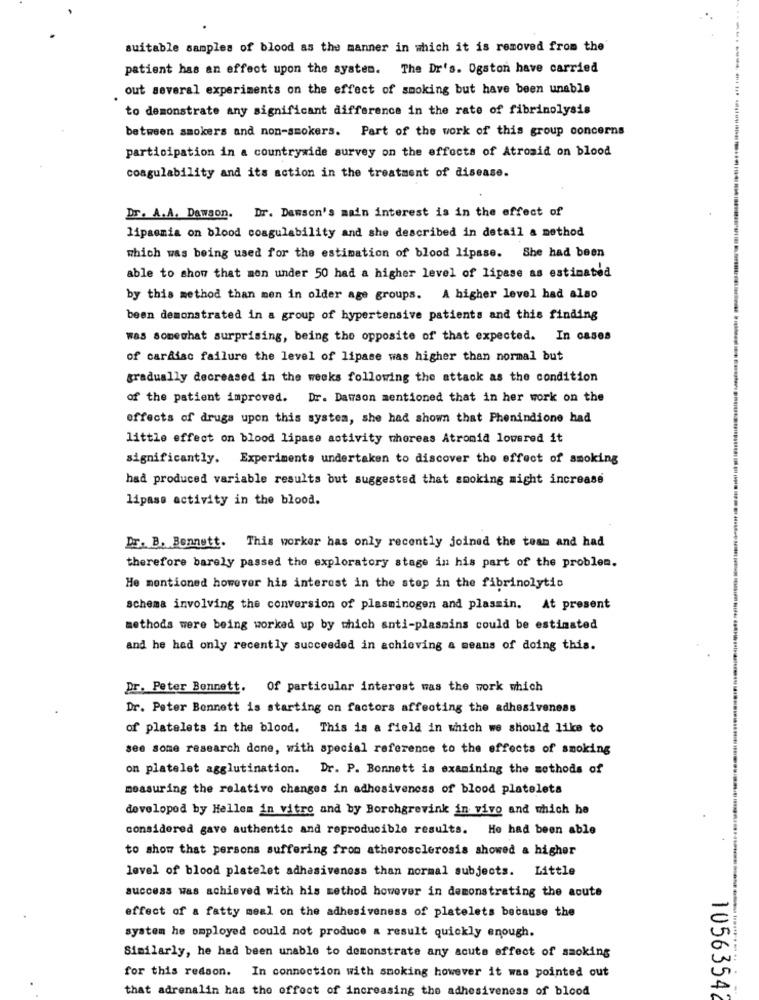
suitable samples of blood as the manner in which it is removed from the
patient has an effect upon the system. The Dr's. Ogston have carried
out several experiments on the effect of smoking but have been unable
------... ......
to demonstrate any significant difference in the rate of fibrinolysis
between smokers and non-smokers. Part of the work of this group concerns
participation in a countrywide survey on the effects of Atrosid on blood
coagulability and its action in the treatment of disease.
Dr. Dawson's main interest is in the effect of
Dr. A.A. Dawson.
lipaomia on blood coagulability and she described in detail a method
which was being used for the estimation of blood lipase. She had been
able to show that mon under 50 had a higher level of lipase as estimated
by this method than men in older age groups. A higher level had also
been demonstrated in a group of hypertensive patients and this finding
was somewhat surprising, being the opposite of that expected. In cases
of cardiac failure the level of lipase was higher than normal but
gradually decreased in the weeks following the attack as the condition
of the patient improved. Dr. Dawson mentioned that in her work on the
effects of drugs upon this system, she had shown that Phenindione had
little effect on blood lipase activity thereas Atromid lowered it
significantly. Experiments undertaken to discover the effect of smoking
had produced variable results but suggested that smoking might increase
lipase activity in the blood.
Dr. B. Bennett. This worker has only recently joined the team and had
therefore barely passed the exploratory stage in his part of the problem.
He mentioned however his interest in the stop in the fibrinolytic
schema involving the conversion of plasminogen and plasmin. At present
methods were being worked up by which anti-plasains could be estimated
and he had only recently succeeded in achieving a means of doing this.
Dr. Peter Bennett. Of particular interest was the work which
Dr. Peter Bennett is starting on factors affecting the adhesiveness
of platelets in the blood. This is a field in which we should like to
see some research done, with special reference to the effects of smoking
on platelet agglutination. Dr. P. Bonnett is examining the methods of
measuring the relative changes in adhesiveness of blood platelets
developed by Hellem in vitro and by Borchgrevink in vivo and which he
considered gave authentic and reproducible results. He had been able
to show that persons suffering from atherosclerosis showed a higher
level of blood platelet adhasiveness than normal subjects. Little
success was achieved with his method however in demonstrating the acute
effect of a fatty meal on the adhesiveness of platelets because the
system he employed could not produce a result quickly enough.
Similarly, he had been unable to demonstrate any acuts effect of smoking
for this reason. In connection with smoking however it was pointed out
that adrenalin has the effect of increasing the adhesiveness of blood
10563542